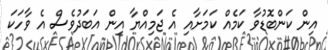
އިން ކަންބޮޑުވާ ކަމެއް ކަމަށާއި އެ ޖަމިއްޔާ އިން އަބަދުވެސް އެ ވާހަކަ